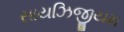
સાયઝિજીયમ